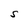
Character: S